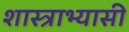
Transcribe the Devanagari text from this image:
शास्त्राभ्यासी